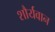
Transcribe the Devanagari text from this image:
शौर्यवान